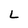
Character: L